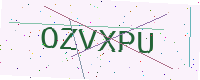
Text: OZVXPU